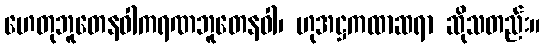
ဟေတုဘူတေနဝါကရဏဘူတေနဝါ၊ ဟုအဋ္ဌကထာဆရာ ဆိုသတည်း။